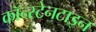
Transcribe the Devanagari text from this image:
कॉन्स्टेनटाइन